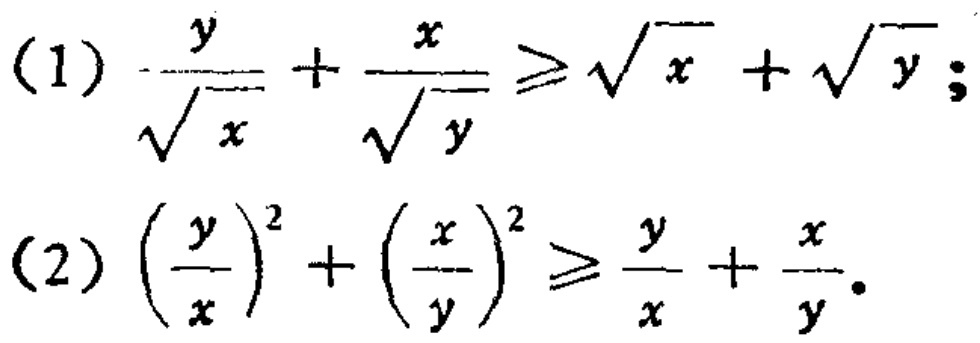
(1) $\frac{y}{\sqrt{x}}+\frac{x}{\sqrt{y}}\geq\sqrt{x}+\sqrt{y}$;
(2) $(\frac{y}{x})^2+(\frac{x}{y})^2\geq\frac{y}{x}+\frac{x}{y}$.